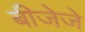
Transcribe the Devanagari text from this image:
बीजेजे